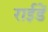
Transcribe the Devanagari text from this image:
राईडें